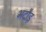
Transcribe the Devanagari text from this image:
भदौड़